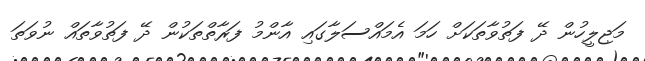
މަޖިލީހުން ދޭ ފަތުވާތަކަށް ހަމަ އެމައްސަލާގައި އާންމު ފަރާތްތަކުން ދޭ ފަތުވާތައް ނުވަތަ